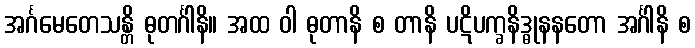
အင်္ဂမေတေသန္တိ ဓုတင်္ဂါနိ။ အထ ဝါ ဓုတာနိ စ တာနိ ပဋိပက္ခနိဒ္ဓုနနတော အင်္ဂါနိ စ